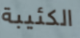
الكئيبة